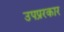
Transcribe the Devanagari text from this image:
उपप्ररकार